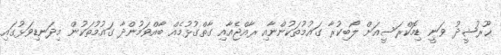
ޚޫރުޝީދު ވަނީ ޑިމޮކްރަސީއަށް ލޯބިކުރާ ގައުމުތަކުންނާއި ރާއްޖެއާއި ގާތްގުޅުމެއް ބާއްވަމުންދާ ގައުމުތަކުން މިދަނޑިވަޅުގައި